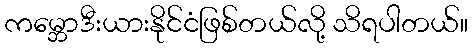
ကမ္ဘောဒီးယားနိုင်ငံဖြစ်တယ်လို့ သိရပါတယ်။